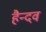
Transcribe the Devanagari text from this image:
हैन्दव